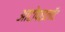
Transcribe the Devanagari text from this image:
आटोपाइलॉट